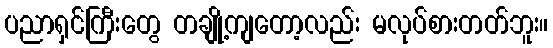
ပညာရှင်ကြီးတွေ တချို့ကျတော့လည်း မလုပ်စားတတ်ဘူး။